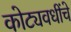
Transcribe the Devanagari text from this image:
कोट्यवधींचे